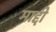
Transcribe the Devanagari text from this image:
माद्दी